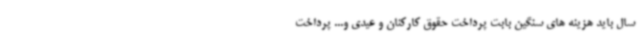
سال باید هزینه های سنگین بابت پرداخت حقوق کارکنان و عیدی و... پرداخت